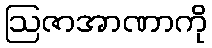
ဩဇာအာဏာကို